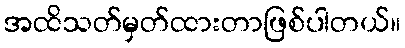
အထိသတ်မှတ်ထားတာဖြစ်ပါတယ်။